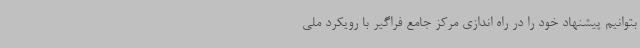
بتوانیم پیشنهاد خود را در راه اندازی مرکز جامع فراگیر با رویکرد ملی